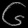
Digit: ၆